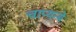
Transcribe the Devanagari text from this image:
चाप्यन्ये